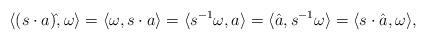
LaTeX: \begin{align*}\langle (s\cdot a)\hat{}, \omega\rangle &=\langle \omega,s\cdot a\rangle=\langle s^{-1}\omega,a\rangle=\langle \hat a, s^{-1}\omega\rangle=\langle s\cdot \hat a, \omega\rangle,\end{align*}